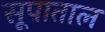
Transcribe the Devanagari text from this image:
सूपाताल